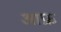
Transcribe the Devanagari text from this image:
आफ्र